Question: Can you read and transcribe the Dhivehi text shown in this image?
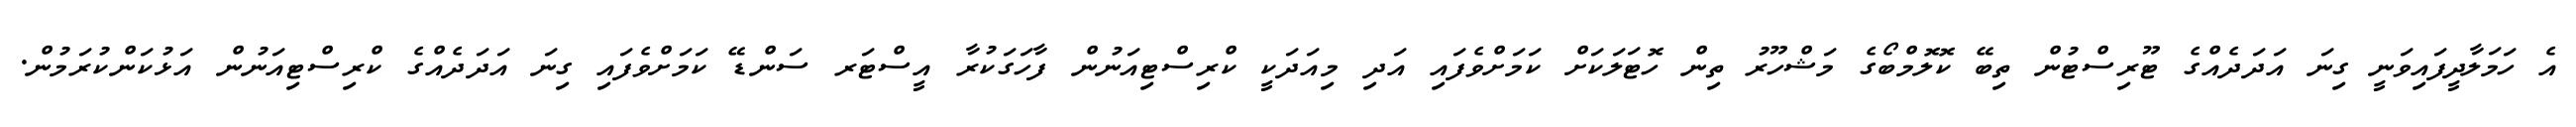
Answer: އެ ހަމަލާދީފައިވަނީ ގިނަ އަދަދެއްގެ ޓޫރިސްޓުން ތިބޭ ކޮލޮމްބޯގެ މަޝްހޫރު ތިން ހޮޓަލަކަށް ކަމަށްވެފައި އަދި މިއަދަކީ ކްރިސްޓިއަނުން ފާހަގަކުރާ އީސްޓަރ ސަންޑޭ ކަމަށްވެފައި ގިނަ އަދަދެއްގެ ކްރިސްޓިއަނުން އަޅުކަންކުރަމުން.